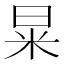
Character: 㫧